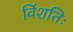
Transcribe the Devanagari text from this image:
विंशतिः